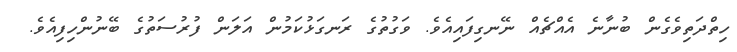
ހިތްދަތިވެގެން ބުނާނެ އެއްޗެއް ނޭނގިފައިއެވެ. ވަގުތުގެ ރަނގަޅުކަމުން އަލަން ފުރުސަތުގެ ބޭނުންހިފިއެވެ.